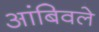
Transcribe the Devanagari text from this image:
आंबिवले